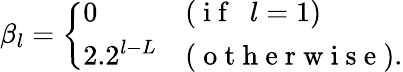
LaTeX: \beta_{l}=\left\{ \begin{array}{ll}{0}&{(\mathrm{~i~f~\ \ }l=1)}\\ {2.2^{l-L}}&{(\mathrm{~o~t~h~e~r~w~i~s~e~}).}\end{array}\right.